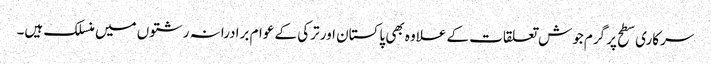
سرکاری سطح پر گرم جوش تعلقات کے علاوہ بھی پاکستان اور ترکی کے عوام برادرانہ رشتوں میں منسلک ہیں۔